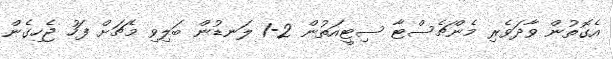
އެގޮތުން ވާދަވެރި މެންޗެސްޓާ ސިޓީއަތުން 2-1 ލަނޑުން ބަލިވި މެޗަށް ފަހު ޖެހިގެން